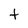
Character: f